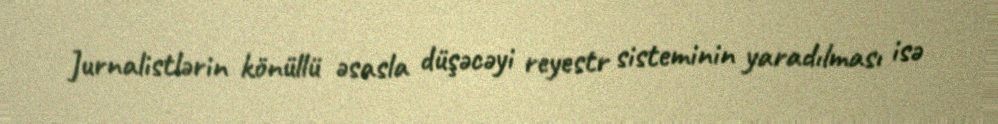
Jurnalistlərin könüllü əsasla düşəcəyi reyestr sisteminin yaradılması isə